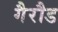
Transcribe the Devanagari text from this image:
गैरौड